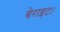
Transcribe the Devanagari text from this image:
बेराइट।